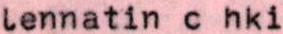
lennatin c hki